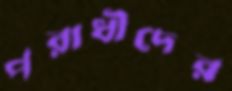
পরাধীদের